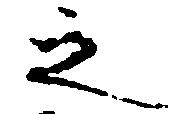
之